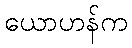
ယောဟန်က